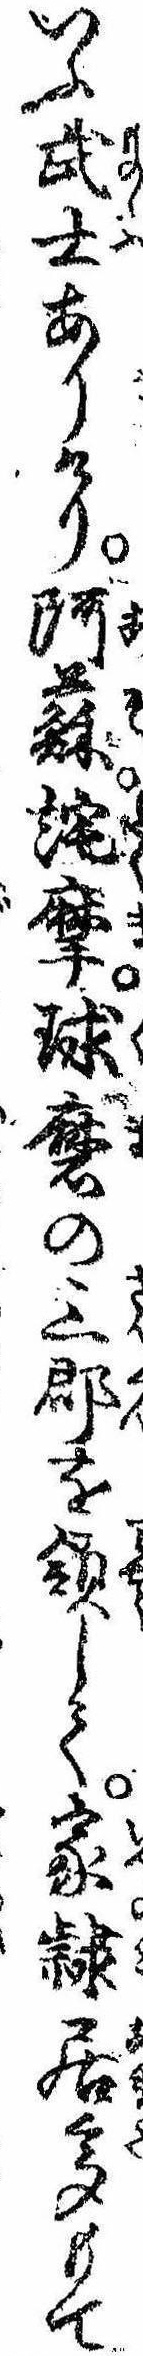
いふ武士ありけり阿蘇詫摩球磨の三郡を領して家隷居多もて